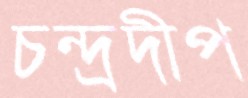
চন্দ্রদীপ